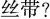
丝带?